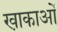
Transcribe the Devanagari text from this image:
खा़काओं